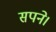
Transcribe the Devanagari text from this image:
सपने।